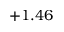
+ 1 . 4 6